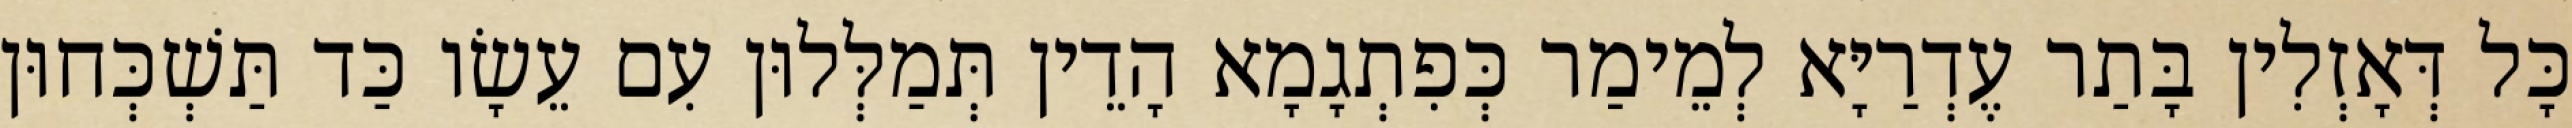
כָּל דְּאָזְלִין בָּתַר עֶדְרַיָּא לְמֵימַר כְּפִתְגָמָא הָדֵין תְּמַלְּלוּן עִם עֵשָׂו כַּד תַּשְׁכְּחוּן